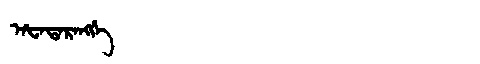
Manchu: ᠠᡶᠠᡨᠠᡵᠠᠩᡤᡝ
Romanization: AFATARANGGE